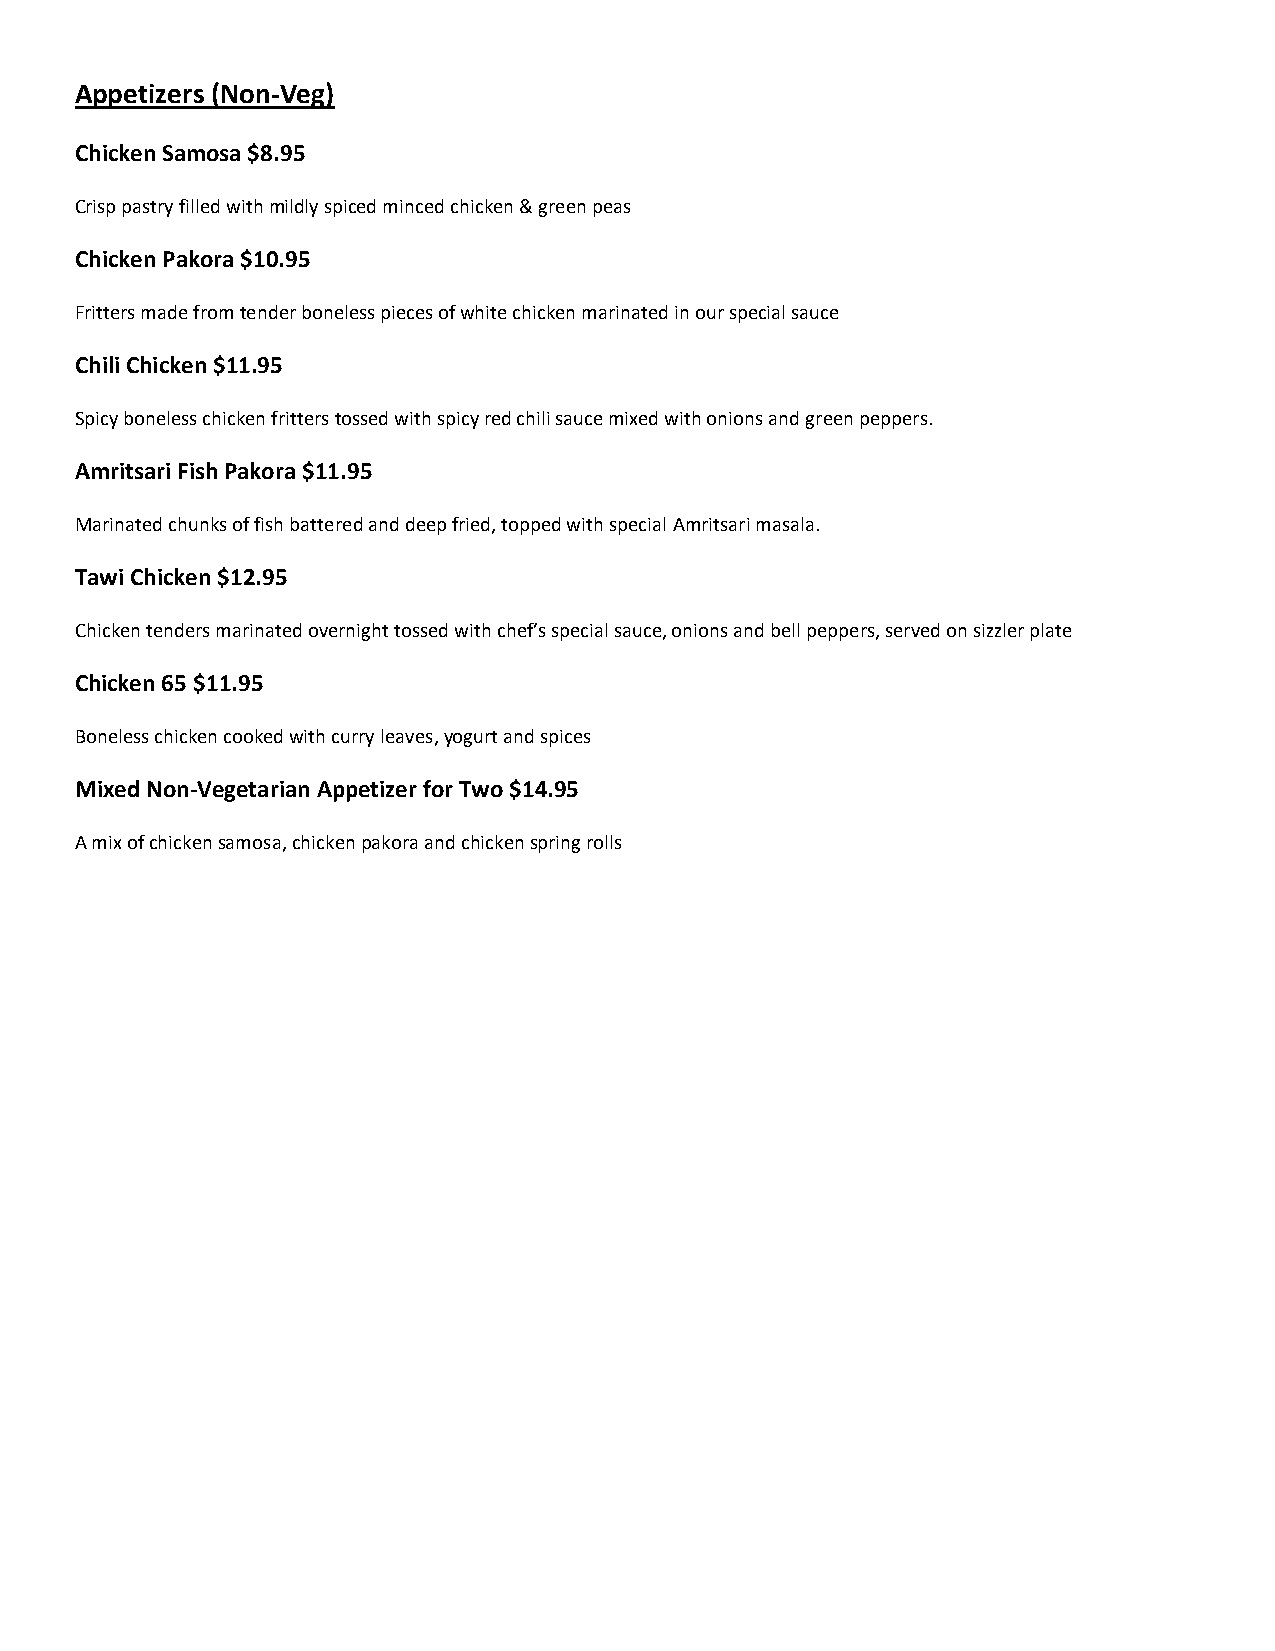
Appetizers (Non-Veg)
 Chicken Samosa $8.95
 Crisp pastry filled with mildly spiced minced chicken & green peas
 Chicken Pakora $10.95
 Fritters made from tender boneless pieces of white chicken marinated in our special sauce
 Chili Chicken $11.95
 Spicy boneless chicken fritters tossed with spicy red chili sauce mixed with onions and green peppers.
 Amritsari Fish Pakora $11.95
 Marinated chunks of fish battered and deep fried, topped with special Amritsari masala.
 Tawi Chicken $12.95
 Chicken tenders marinated overnight tossed with chef’s special sauce, onions and bell peppers, served on sizzler plate
 Chicken 65 $11.95
 Boneless chicken cooked with curry leaves, yogurt and spices
 Mixed Non-Vegetarian Appetizer for Two $14.95
 A mix of chicken samosa, chicken pakora and chicken spring rolls